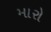
મારો